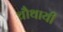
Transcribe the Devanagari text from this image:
चौथायी